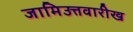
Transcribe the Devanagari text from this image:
जामिउत्तवारीख